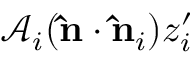
\mathcal { A } _ { i } ( \mathbf { \hat { n } } \cdot \mathbf { \hat { n } } _ { i } ) z _ { i } ^ { \prime }